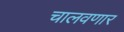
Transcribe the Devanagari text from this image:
चालवणार